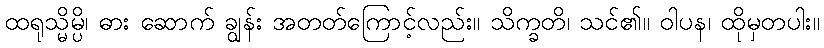
ထရုသ္မိမ္ပိ၊ ဓား ဆောက် ချွန်း အတတ်ကြောင့်လည်း။ သိက္ခတိ၊ သင်၏။ ဝါပန၊ ထိုမှတပါး။